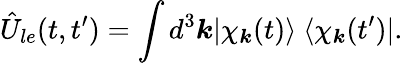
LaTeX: \hat{U}_{le}(t,t^{\prime})=\int d^{3}\boldsymbol{k}|\chi_{\boldsymbol{k}}(t)\rangle\ \langle\chi_{\boldsymbol{k}}(t^{\prime})|.